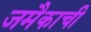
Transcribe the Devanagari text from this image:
जमैकाची